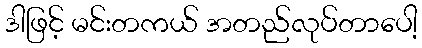
ဒါဖြင့် မင်းတကယ် အတည်လုပ်တာပေါ့